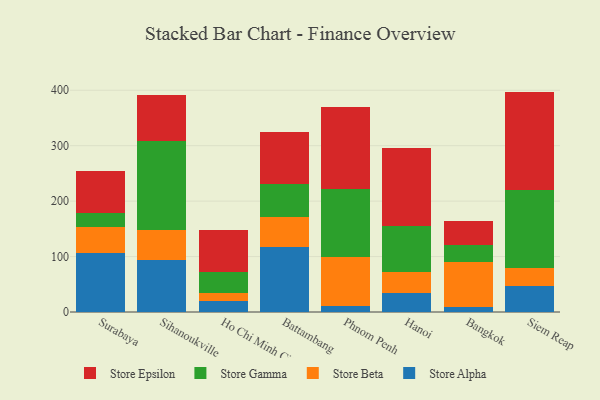
{"axis": {"x": "City", "y": "Tickets Resolved"}, "legend": ["Store Alpha", "Store Beta", "Store Epsilon", "Store Gamma"], "data": [{"x": "Surabaya", "y": 105.9, "type": "Store Alpha"}, {"x": "Surabaya", "y": 47.6, "type": "Store Beta"}, {"x": "Surabaya", "y": 25.9, "type": "Store Gamma"}, {"x": "Surabaya", "y": 74.1, "type": "Store Epsilon"}, {"x": "Sihanoukville", "y": 93.6, "type": "Store Alpha"}, {"x": "Sihanoukville", "y": 54.3, "type": "Store Beta"}, {"x": "Sihanoukville", "y": 160.8, "type": "Store Gamma"}, {"x": "Sihanoukville", "y": 82.4, "type": "Store Epsilon"}, {"x": "Ho Chi Minh City", "y": 20.0, "type": "Store Alpha"}, {"x": "Ho Chi Minh City", "y": 15.1, "type": "Store Beta"}, {"x": "Ho Chi Minh City", "y": 36.6, "type": "Store Gamma"}, {"x": "Ho Chi Minh City", "y": 75.8, "type": "Store Epsilon"}, {"x": "Battambang", "y": 116.7, "type": "Store Alpha"}, {"x": "Battambang", "y": 54.7, "type": "Store Beta"}, {"x": "Battambang", "y": 59.9, "type": "Store Gamma"}, {"x": "Battambang", "y": 93.5, "type": "Store Epsilon"}, {"x": "Phnom Penh", "y": 11.7, "type": "Store Alpha"}, {"x": "Phnom Penh", "y": 86.7, "type": "Store Beta"}, {"x": "Phnom Penh", "y": 123.6, "type": "Store Gamma"}, {"x": "Phnom Penh", "y": 148.2, "type": "Store Epsilon"}, {"x": "Hanoi", "y": 35.0, "type": "Store Alpha"}, {"x": "Hanoi", "y": 38.0, "type": "Store Beta"}, {"x": "Hanoi", "y": 82.7, "type": "Store Gamma"}, {"x": "Hanoi", "y": 140.1, "type": "Store Epsilon"}, {"x": "Bangkok", "y": 8.6, "type": "Store Alpha"}, {"x": "Bangkok", "y": 82.2, "type": "Store Beta"}, {"x": "Bangkok", "y": 30.3, "type": "Store Gamma"}, {"x": "Bangkok", "y": 43.4, "type": "Store Epsilon"}, {"x": "Siem Reap", "y": 46.4, "type": "Store Alpha"}, {"x": "Siem Reap", "y": 33.8, "type": "Store Beta"}, {"x": "Siem Reap", "y": 139.2, "type": "Store Gamma"}, {"x": "Siem Reap", "y": 178.2, "type": "Store Epsilon"}]}